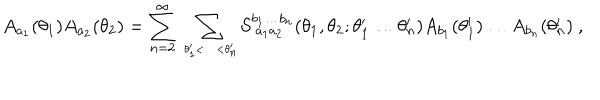
A _ { a _ { 1 } } ( \theta _ { 1 } ) A _ { a _ { 2 } } ( \theta _ { 2 } ) = \sum _ { n = 2 } ^ { \infty } \, \sum _ { \theta _ { 1 } ^ { \prime } { < } \dots { < } \theta _ { n } ^ { \prime } \atop { } } \! S _ { ~ a _ { 1 } a _ { 2 } } ^ { b _ { 1 } \dots b _ { n } } ( \theta _ { 1 } , \theta _ { 2 } ; \theta _ { 1 } ^ { \prime } \dots \theta _ { n } ^ { \prime } ) A _ { b _ { 1 } } ( \theta _ { 1 } ^ { \prime } ) \dots A _ { b _ { n } } ( \theta _ { n } ^ { \prime } ) ~ ,